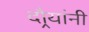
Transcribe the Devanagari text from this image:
दौर्‍यांनी